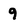
Character: 9